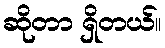
ဆိုတာ ရှိတယ်။